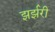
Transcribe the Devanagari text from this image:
झर्झरी